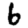
Digit: 6